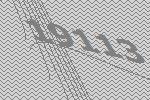
19113